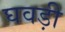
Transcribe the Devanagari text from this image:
घवड़ी